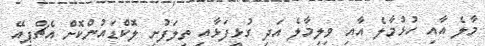
މާލެ އާއި ހުޅުމާލެ އާއި ވިލިމާލެ އަދި ގުޅީފަޅާއި ތިލަފުށި ލޮކްޑައުންކޮށް އެޗްޕީއޭ